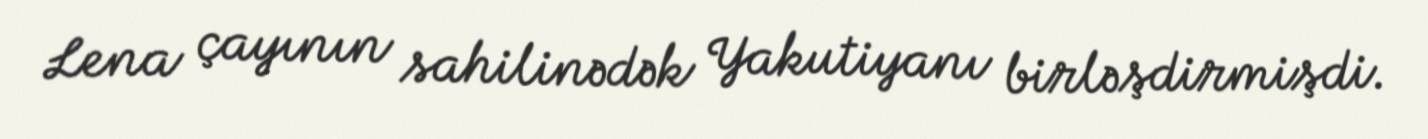
Lena çayının sahilinədək Yakutiyanı birləşdirmişdi.